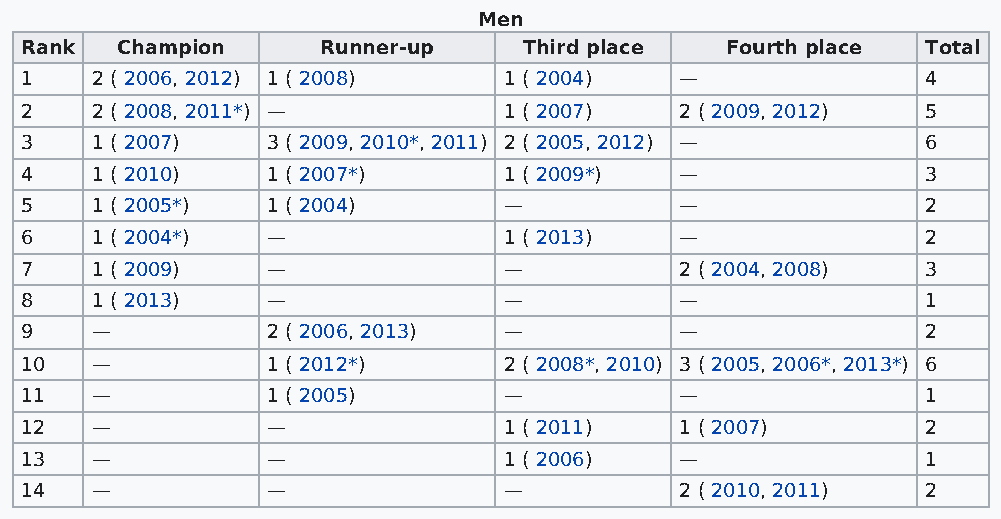
Men
 Rank   Champion     Runner-up     Third place  Fourth place Total
 1    2 ( 2006, 2012) 1 ( 2008)  1 ( 2004)   —               4
 2    2 ( 2008, 2011*) —         1 ( 2007)   2 ( 2009, 2012) 5
 3    1 ( 2007)   3 ( 2009, 2010*, 2011) 2 ( 2005, 2012) —   6
 4    1 ( 2010)   1 ( 2007*)     1 ( 2009*)  —               3
 5    1 ( 2005*)  1 ( 2004)      —           —               2
 6    1 ( 2004*)  —              1 ( 2013)   —               2
 7    1 ( 2009)   —              —           2 ( 2004, 2008) 3
 8    1 ( 2013)   —              —           —               1
 9    —           2 ( 2006, 2013) —          —               2
 10   —           1 ( 2012*)     2 ( 2008*, 2010) 3 ( 2005, 2006*, 2013*) 6
 11   —           1 ( 2005)      —           —               1
 12   —           —              1 ( 2011)   1 ( 2007)       2
 13   —           —              1 ( 2006)   —               1
 14   —           —              —           2 ( 2010, 2011) 2